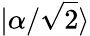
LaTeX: |\alpha/{\sqrt{2}}\rangle